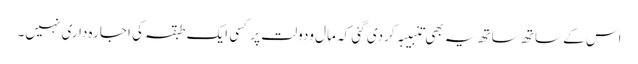
اس کے ساتھ ساتھ یہ بھی تنبیبہ کردی گئی کہ مال ودولت پر کسی ایک طبقہ کی اجارہ داری نہیں۔